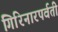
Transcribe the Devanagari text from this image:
गिरिनारपर्वती